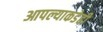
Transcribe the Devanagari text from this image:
आपल्याकडेही